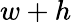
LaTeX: w+h